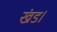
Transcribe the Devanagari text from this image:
खंड।